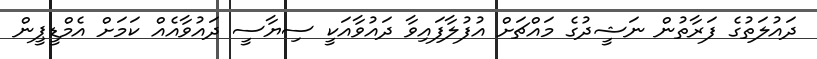
ދައުލަތުގެ ފަރާތުން ނަޝީދުގެ މައްޗަށް އުފުލާފައިވާ ދައުވާއަކީ ސިޔާސީ ދައުވާއެއް ކަމަށް އެމްޑީޕީން